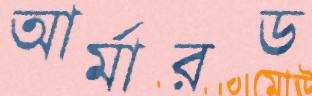
আর্মারড